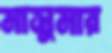
মাসুমার